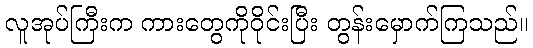
လူအုပ်ကြီးက ကားတွေကိုဝိုင်းပြီး တွန်းမှောက်ကြသည်။